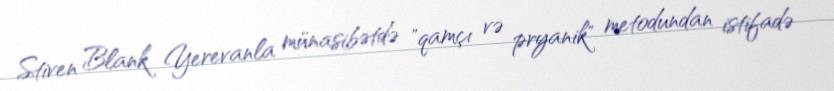
Stiven Blank Yerevanla münasibətdə "qamçı və pryanik" metodundan istifadə